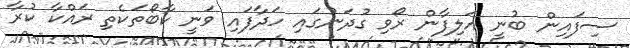
ސިފައިން ބުނީ އަލިފާން ރޯވި ގުދަނުގައި ހަދާފައި ވަނީ ކާބޯތަކެތި ރައްކާ ކުރާ